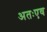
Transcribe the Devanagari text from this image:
अतःएव